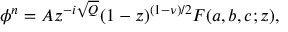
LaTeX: \phi ^ { n } = A z ^ { - i \sqrt { Q } } ( 1 - z ) ^ { ( 1 - \nu ) / 2 } F ( a , b , c ; z ) ,